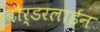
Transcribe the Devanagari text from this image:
बौर्डरलाईन